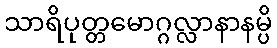
သာရိပုတ္တမောဂ္ဂလ္လာနာနမ္ပိ